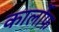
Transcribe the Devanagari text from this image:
कार्लोफ